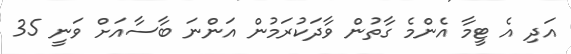
އަދި އެ ޓީމާ އެންމެ ގާތުން ވާދަކުރަމުން އަންނަ ބާސާއަށް ވަނީ 35